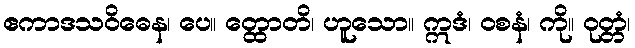
ဧကာဒသဝိဓေန၊ ပေ။ တ္ထောတိ၊ ဟူသော။ ဣဒံ၊ ဝစနံ၊ ကို။ ဝုတ္တံ၊